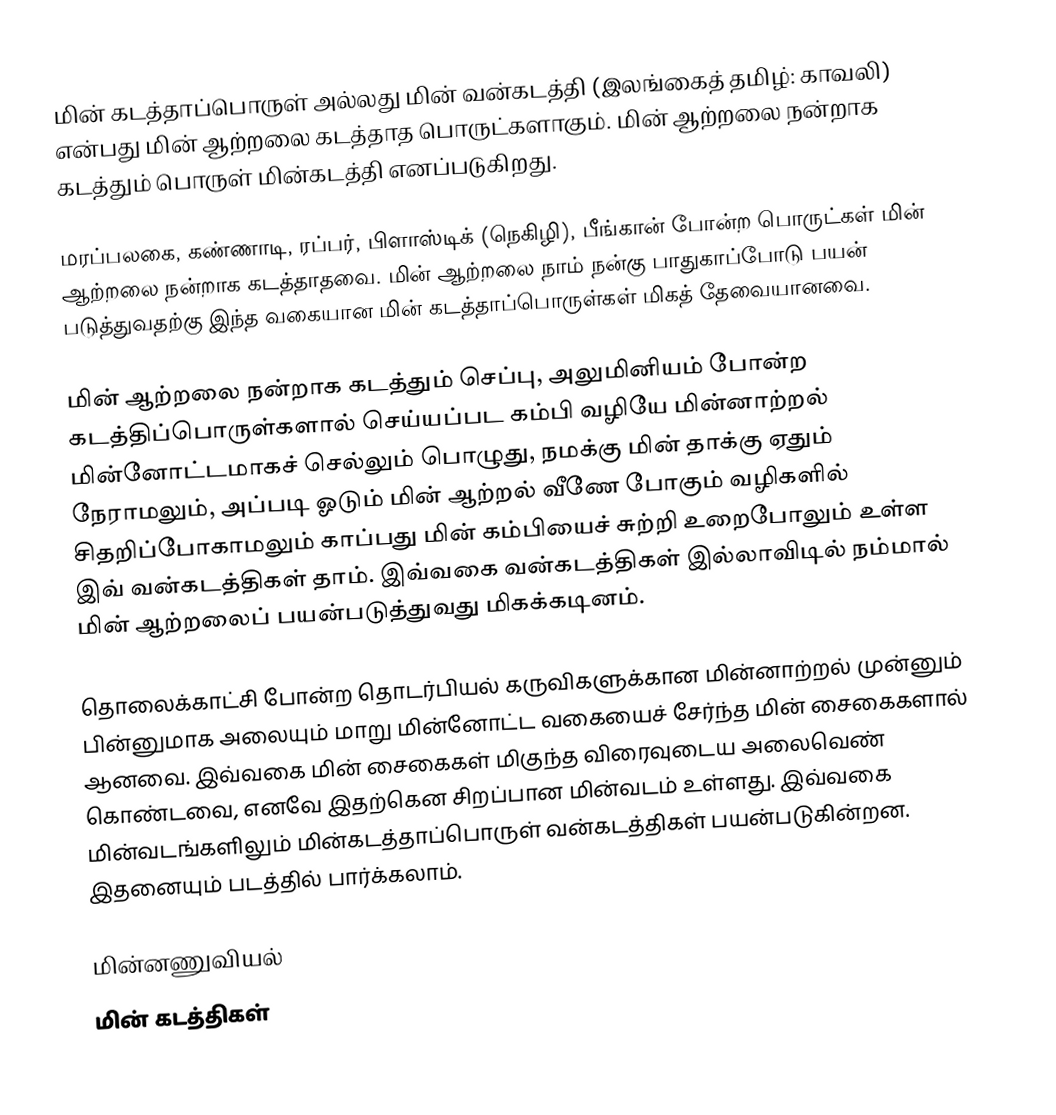
மின் கடத்தாப்பொருள் அல்லது மின் வன்கடத்தி (இலங்கைத் தமிழ்: காவலி) என்பது மின் ஆற்றலை கடத்தாத பொருட்களாகும். மின் ஆற்றலை நன்றாக கடத்தும் பொருள் மின்கடத்தி எனப்படுகிறது.

மரப்பலகை, கண்ணாடி, ரப்பர், பிளாஸ்டிக் (நெகிழி), பீங்கான் போன்ற பொருட்கள் மின் ஆற்றலை நன்றாக கடத்தாதவை. மின் ஆற்றலை நாம் நன்கு பாதுகாப்போடு பயன் படுத்துவதற்கு இந்த வகையான மின் கடத்தாப்பொருள்கள் மிகத் தேவையானவை.

மின் ஆற்றலை நன்றாக கடத்தும் செப்பு, அலுமினியம் போன்ற கடத்திப்பொருள்களால் செய்யப்பட கம்பி வழியே மின்னாற்றல் மின்னோட்டமாகச் செல்லும் பொழுது, நமக்கு மின் தாக்கு ஏதும் நேராமலும், அப்படி ஓடும் மின் ஆற்றல் வீணே போகும் வழிகளில் சிதறிப்போகாமலும் காப்பது மின் கம்பியைச் சுற்றி உறைபோலும் உள்ள இவ் வன்கடத்திகள் தாம். இவ்வகை வன்கடத்திகள் இல்லாவிடில் நம்மால் மின் ஆற்றலைப் பயன்படுத்துவது மிகக்கடினம்.

தொலைக்காட்சி போன்ற தொடர்பியல் கருவிகளுக்கான மின்னாற்றல் முன்னும் பின்னுமாக அலையும் மாறு மின்னோட்ட வகையைச் சேர்ந்த மின் சைகைகளால் ஆனவை. இவ்வகை மின் சைகைகள் மிகுந்த விரைவுடைய அலைவெண் கொண்டவை, எனவே இதற்கென சிறப்பான மின்வடம் உள்ளது. இவ்வகை மின்வடங்களிலும் மின்கடத்தாப்பொருள் வன்கடத்திகள் பயன்படுகின்றன. இதனையும் படத்தில் பார்க்கலாம்.

மின்னணுவியல்
மின் கடத்திகள்